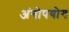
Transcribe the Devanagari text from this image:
अंगोपयोग